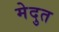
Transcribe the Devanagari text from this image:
मेदुत